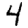
Digit: 4